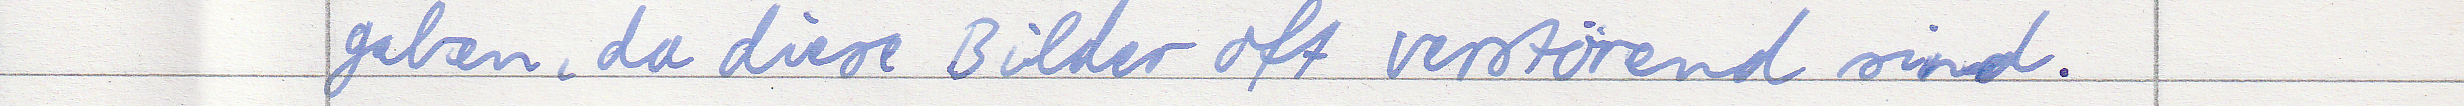
geben, da diese Bilder oft verstörend sind.